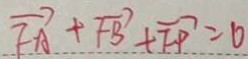
\overrightarrow { F A } + \overrightarrow { F B } + \overrightarrow { F P } = 0